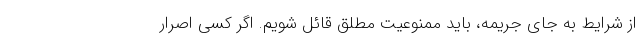
از شرایط به جای جریمه، باید ممنوعیت مطلق قائل شویم. اگر کسی اصرار